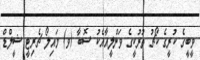
ވީބީގެ ކުރީގެ ކޯޗު ތުރުކީގެ ވަންލީއާއެކު ސޮބާ (ވ) މައިލޯ ޗެރިޓީ ޝީލްޑް